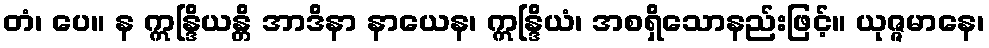
တံ၊ ပေ။ န ဣန္ဒြိယန္တိ အာဒိနာ နာယေန၊ ဣန္ဒြိယံ၊ အစရှိသောနည်းဖြင့်။ ယုဇ္ဇမာနေ၊